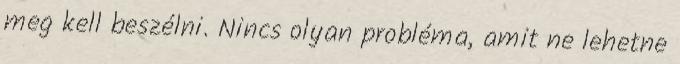
meg kell beszélni. Nincs olyan probléma, amit ne lehetne